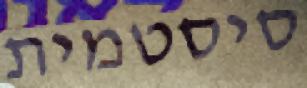
סיסטמית